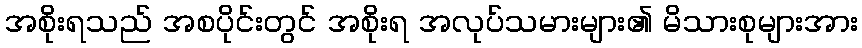
အစိုးရသည် အစပိုင်းတွင် အစိုးရ အလုပ်သမားများ၏ မိသားစုများအား